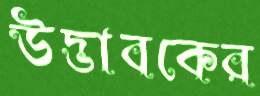
উদ্ভাবকের